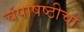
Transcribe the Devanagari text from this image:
चंपाषष्ठीचा